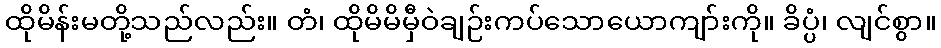
ထိုမိန်းမတို့သည်လည်း။ တံ၊ ထိုမိမိမှီဝဲချဉ်းကပ်သောယောကျာ်းကို။ ခိပ္ပံ၊ လျင်စွာ။